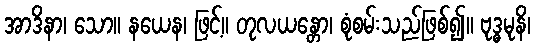
အာဒိနာ၊ သော။ နယေန၊ ဖြင့်။ တုလယန္တော၊ စုံစမ်းသည်ဖြစ်၍။ ဗုဒ္ဓမုနိ၊